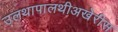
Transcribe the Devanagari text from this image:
उलथापालथीअखेरीस